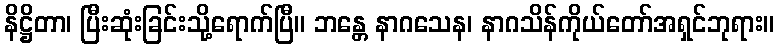
နိဋ္ဌိတာ၊ ပြီးဆုံးခြင်းသို့ရောက်ပြီ။ ဘန္တေ နာဂသေန၊ နာဂသိန်ကိုယ်တော်အရှင်ဘုရား။